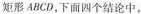
矩形ABCD，下面四个结论中.